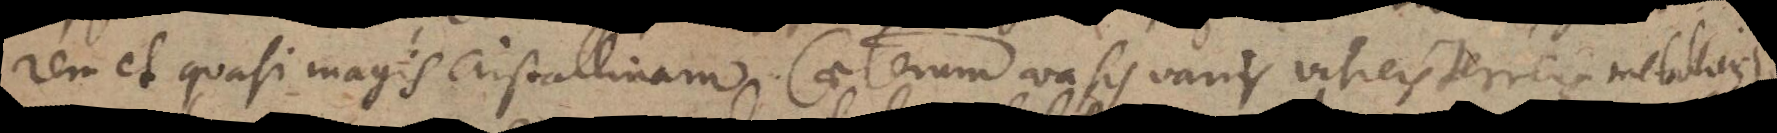
rem et quasi magis cristallinam. Caeterum vasis variis vitreis terreis metallicis,